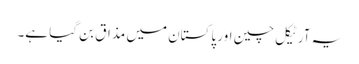
یہ آرٹیکل چین اور پاکستان میں مذاق بن گیا ہے۔